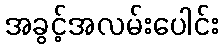
အခွင့်အလမ်းပေါင်း